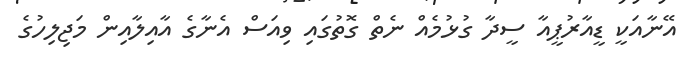
އޭނާއަކީ ޑީއާރުޕީއާ ސީދާ ގުޅުމެއް ނެތް ގޮތުގައި ވިއަސް އެނާގެ އާއިލާއިން މަޖިލިހުގެ